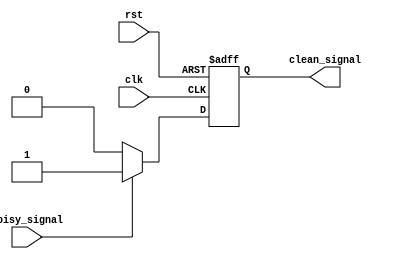
module schmitt_trigger_inverter (
    input wire clk,
    input wire rst,
    input wire noisy_signal,
    output reg clean_signal
);

parameter THRESHOLD_HIGH = 1'b1; // Logic high threshold
parameter THRESHOLD_LOW = 1'b0; // Logic low threshold
parameter HYSTERESIS = 1'b0; // Hysteresis value

always @ (posedge clk or posedge rst) begin
    if (rst) begin
        clean_signal <= 1'b0; // Initialize clean signal
    end else begin
        if (noisy_signal == THRESHOLD_HIGH) begin
            clean_signal <= 1'b1; // Set output to logic high
        end else if (noisy_signal == THRESHOLD_LOW) begin
            clean_signal <= 1'b0; // Set output to logic low
        end else begin
            if (clean_signal == 1'b1 && noisy_signal == THRESHOLD_LOW + HYSTERESIS) begin
                clean_signal <= 1'b0; // Apply hysteresis for noise tolerance
            end else if (clean_signal == 1'b0 && noisy_signal == THRESHOLD_HIGH - HYSTERESIS) begin
                clean_signal <= 1'b1; // Apply hysteresis for noise tolerance
            end
        end
    end
end

endmodule